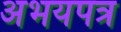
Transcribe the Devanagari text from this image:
अभयपत्र